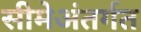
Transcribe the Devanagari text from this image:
सीमेअंतर्गत